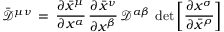
{ \bar { \mathcal { D } } } ^ { \mu \nu } \, = \, { \frac { \partial { \bar { x } } ^ { \mu } } { \partial x ^ { \alpha } } } \, { \frac { \partial { \bar { x } } ^ { \nu } } { \partial x ^ { \beta } } } \, { \mathcal { D } } ^ { \alpha \beta } \, \operatorname* { d e t } \left[ { \frac { \partial x ^ { \sigma } } { \partial { \bar { x } } ^ { \rho } } } \right]